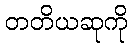
တတိယဆုကို